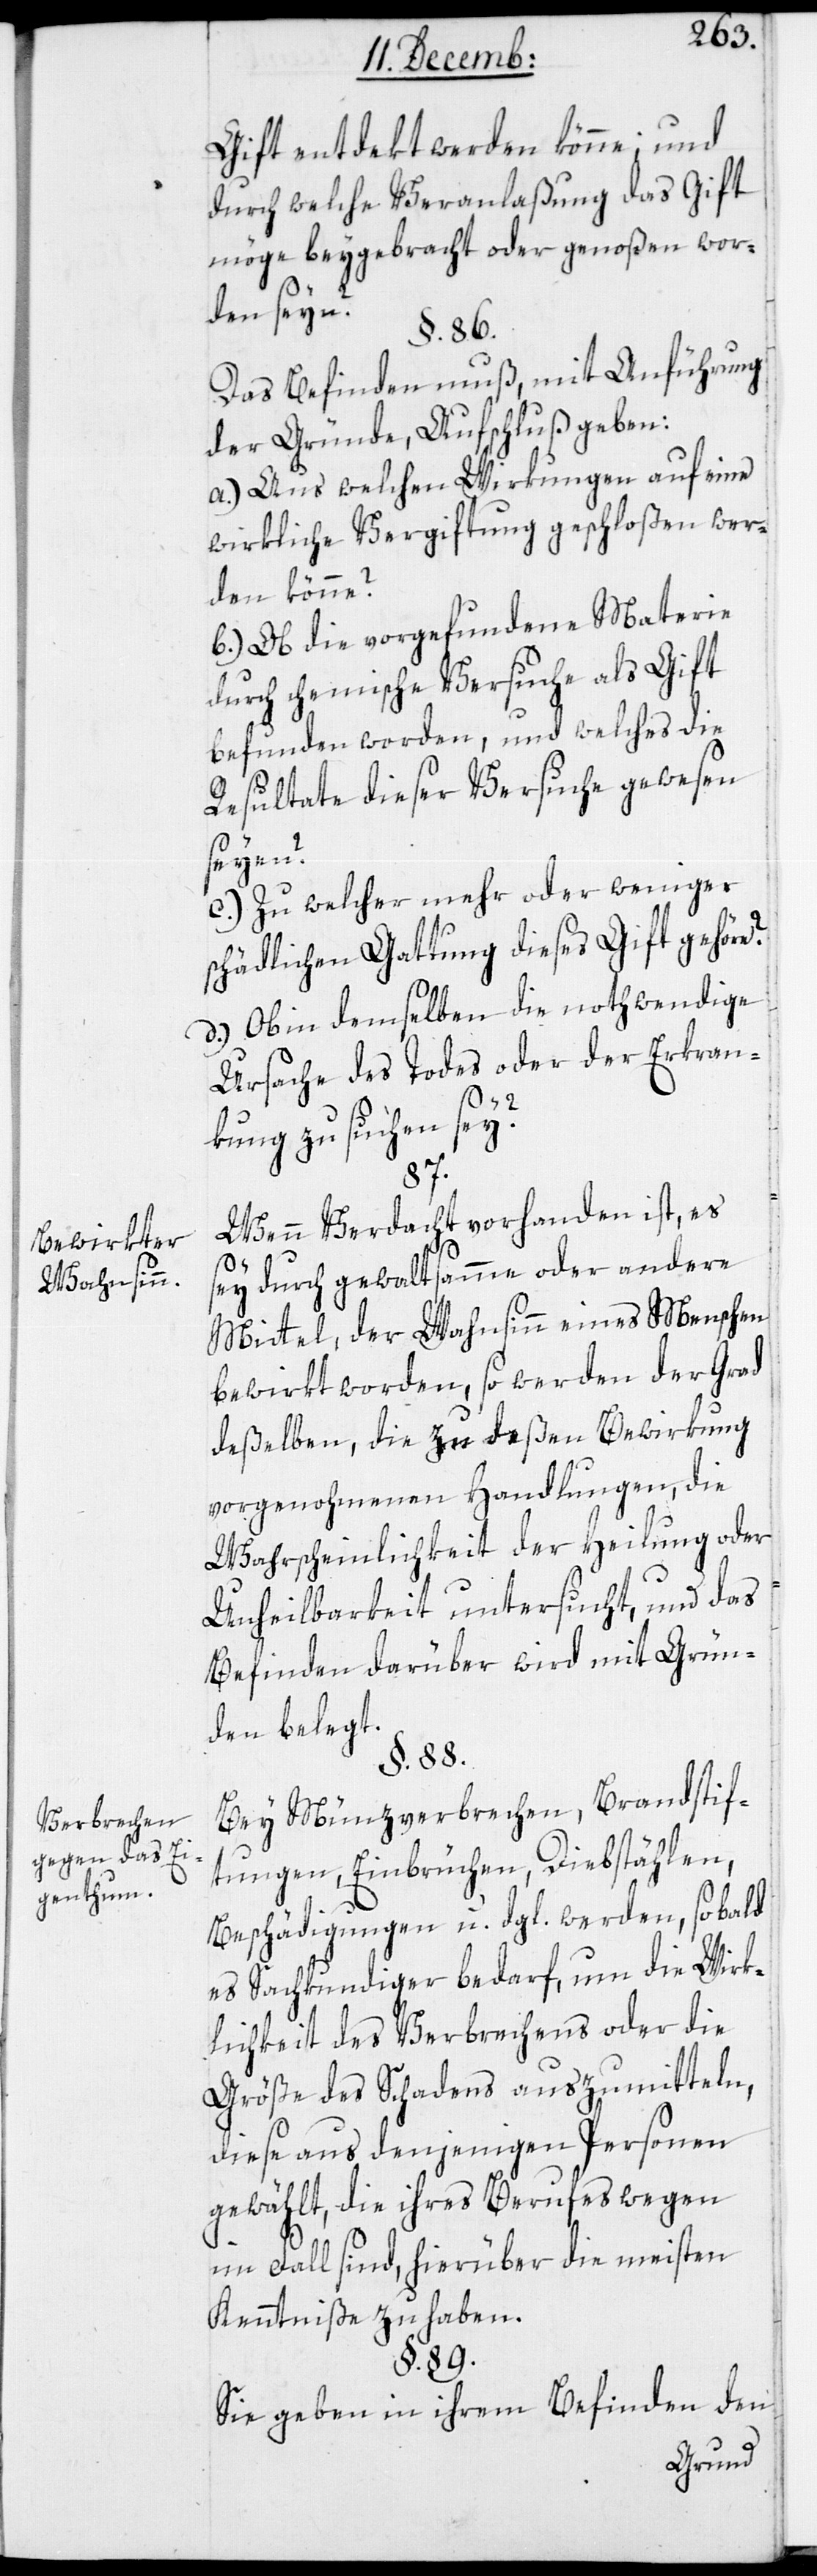
Bewirkter
Wahnsinn.
Verbrechen
gegen das Ei¬
genthum.

Gift entdekt werden könne; und
durch welche Veranlaßung das Gift
möge beygebracht oder genoßen wor¬
den seyn?
§. 86.
Das Befinden muß, mit Anführung
der Gründe, Aufschluß geben:
a.) Aus welchen Wirkungen auf eine
wirkliche Vergiftung geschloßen wer¬
den könne?
b.) Ob die vorgefundene Materie
durch chemische Versuche als Gift
befunden worden, und welches die
Resultate dieser Versuche gewesen
seyen?
c.) Zu welcher mehr oder weniger
schädlichen Gattung dieses Gift gehöre?
d.) Ob in demselben die nothwendige
Ursache des Todes oder der Erkran¬
kung zu suchen sei?
Wenn Verdacht vorhanden ist, es
sey durch gewaltsamme oder andere
Mittel, der Wahnsinn eines Menschen
bewirkt worden, so werden der Grad
deßelben, die zu deßen Bewirkung
vorgenohmenen Handlungen, die
Wahrscheinlichkeit der Heilung oder
Unheilbarkeit untersucht [werden],
Befinden darüber wird mit Grün¬
den belegt.
§. 88.
Bei Münzverbrechen, Brandstif¬
tungen, Einbrüchen, Diebstählen,
Beschädigungen u. dgl. werden, so bald
es Sachkundiger bedarf, um die Wirk¬
lichkeit des Verbrechens oder die
Größe des Schadens auszumitteln,
diese aus denjenigen Personen
gewählt, die ihres Berufes wegen
im Fall sind, hierüber die meisten
Kenntniße zu haben.
§. 89.
Sie geben in ihrem Befinden den